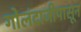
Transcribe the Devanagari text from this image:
गोलंदाजीपासून